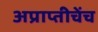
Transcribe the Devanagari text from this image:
अप्राप्तीचेंच